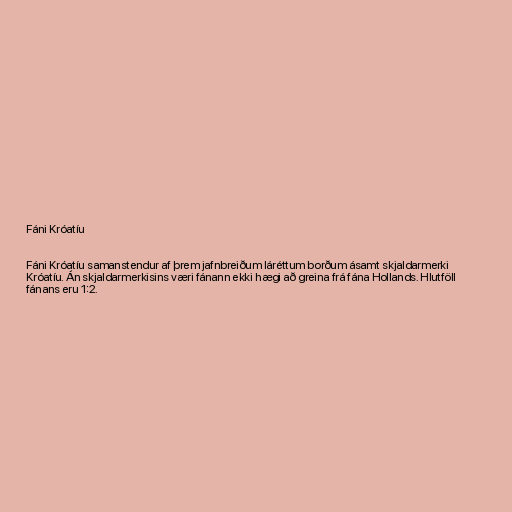
Fáni Króatíu

Fáni Króatíu samanstendur af þrem jafnbreiðum láréttum borðum ásamt skjaldarmerki
Króatíu. Án skjaldarmerkisins væri fánann ekki hægi að greina frá fána Hollands. Hlutföll
fánans eru 1:2.